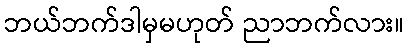
ဘယ်ဘက်ဒါမှမဟုတ် ညာဘက်လား။